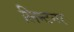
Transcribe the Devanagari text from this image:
लिन्टनर